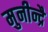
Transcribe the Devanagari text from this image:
मुनीन्द्रै